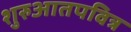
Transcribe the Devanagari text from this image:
शुरुआतपवित्र